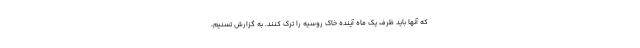
که آنها باید ظرف یک ماه آینده خاک روسیه را ترک کنند. به گزارش تسنیم،